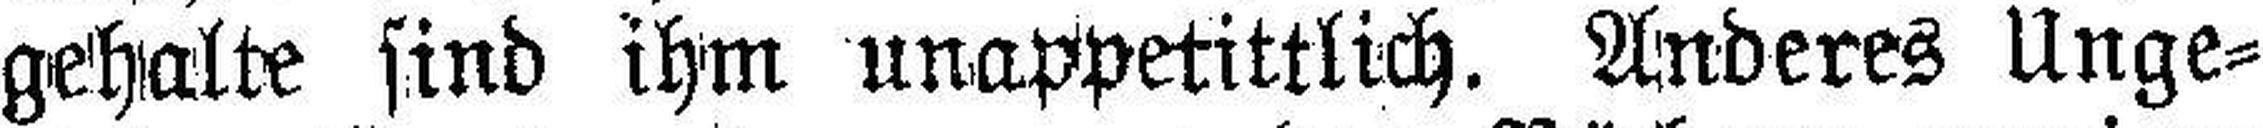
gehalte sind ihm unappetittlich. Anderes Unge¬